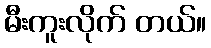
မီးကူးလိုက် တယ်။